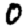
Digit: 0